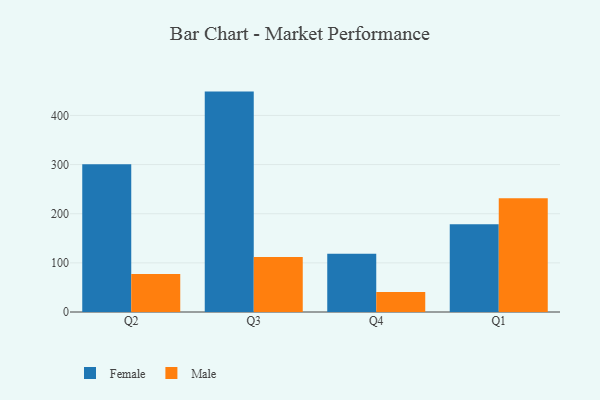
{"axis": {"x": "Quarter", "y": "Budget (USD K)"}, "legend": ["Female", "Male"], "data": [{"x": "Q2", "y": 300.9, "type": "Female"}, {"x": "Q2", "y": 77.5, "type": "Male"}, {"x": "Q3", "y": 448.5, "type": "Female"}, {"x": "Q3", "y": 111.9, "type": "Male"}, {"x": "Q4", "y": 118.4, "type": "Female"}, {"x": "Q4", "y": 40.9, "type": "Male"}, {"x": "Q1", "y": 178.4, "type": "Female"}, {"x": "Q1", "y": 231.4, "type": "Male"}]}